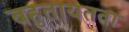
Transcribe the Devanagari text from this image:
बहुतायतता